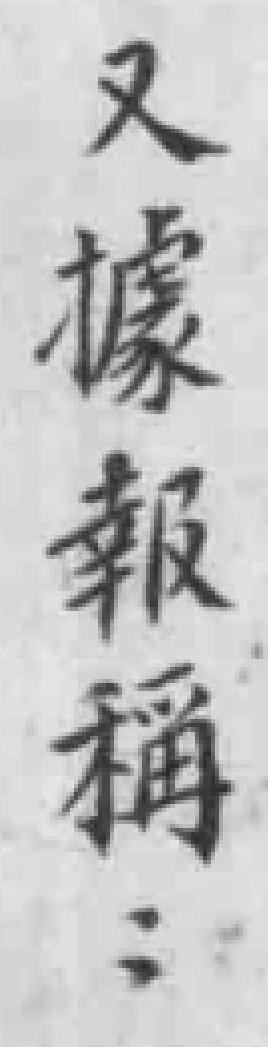
又據報稱：